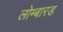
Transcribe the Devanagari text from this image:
लोम्बारड